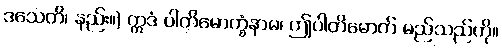
ဒသေတိ၊ နည်း။) ဣဒံ ပါတိမောက္ခံနာမ၊ ဤပါတိမောက် မည်သည်ကို။